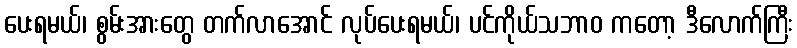
ပေးရမယ်၊ စွမ်းအားတွေ တက်လာအောင် လုပ်ပေးရမယ်၊ ပင်ကိုယ်သဘာဝ ကတော့ ဒီလောက်ကြီး